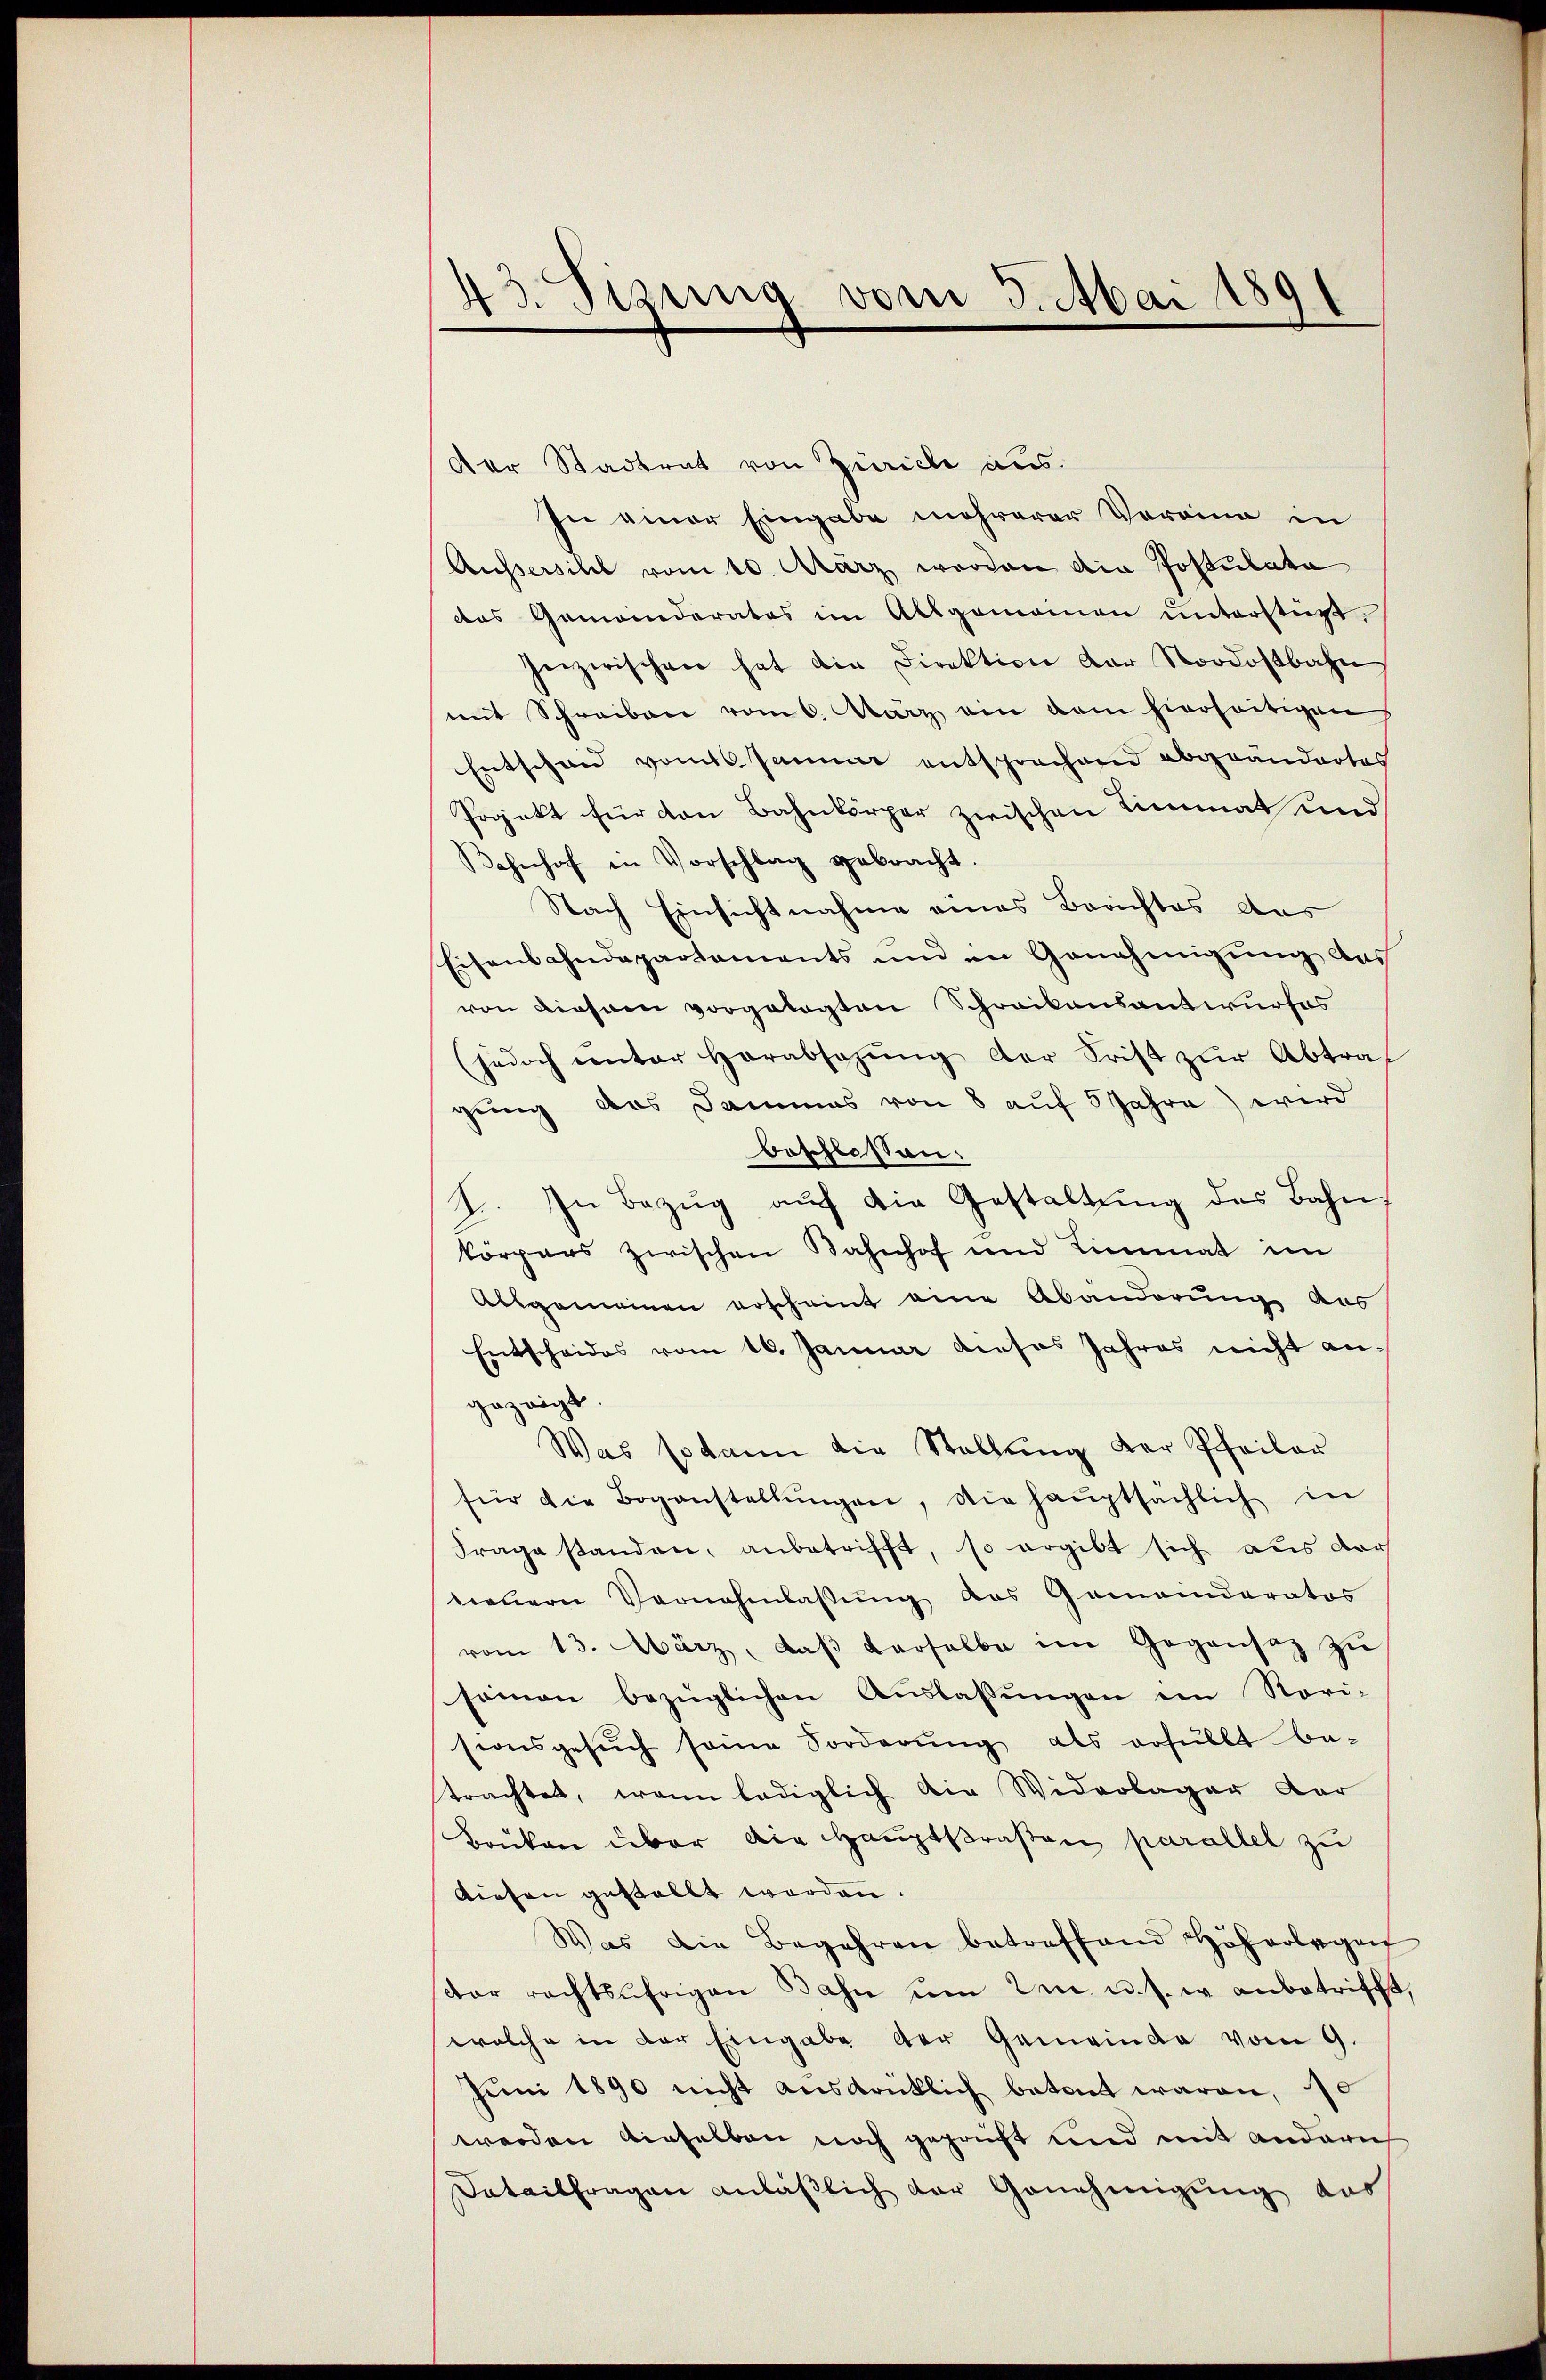
43. Sizung vom 3. Mai 1891

der Stadtrat von Zürich aus.
In einer Eingabe mehrerer Voraina in
Aussersihl vom 10. März worden die Postulata
das Gemanderates im Allgemeinen unterstüzt,
Inzwischen hat die Direktion der Nordostbahn
mit Schreiben vom 6. März ein dem hierseitigen
Entscheid vom 6. Januar entsprechend abgeändertes
Projekt für den Bahnkörper zwischen Limmat und
Bahnhof in Vorschlag gebracht.
Nach Einsichtnahme eines Berichtes das
Eisenbahndepartaments und in Genehmigung des
von diesem vorgelegten Schreibensantwurfes
(jedoch unter Herabsagŭng der Frist zŭr Abtraf
gung das Dammes von 8 auf 5 Jahre) wird
beschlossen:
J. In Bezŭg aŭf die Gestaltŭng des Bahn,
körpers zwischen Bahnhof und Limmat im
Allgemeinen erscheint eine Abänderung aus
Entscheides vom 16. Januar dieses Jahres nicht angezeigt.
Was so kann die Stellung der Pfeiler
für die Bogenstellŭngen, die haŭptsächlich in
Frage standen, anbetrifft, so ergibt sich aus der
nauern Vernehmlaβŭng das Gemeinderatos
vom 13. März, daβ derselbe im Gegensaz zu
samen bezüglichen Aŭslassŭngen im Nori-
sionsgesŭch seine Forderŭng als erfüllt be-
trachtet, wenn lediglich die Widerlager Dar
Brüken über die Hauptstraßen parallel zu
tiefen gestellt worden.
Was die Begehren betreffend Höherlegen
der rechtsährigen Bahn um am u. s. w. anbetrifft,
welche in der Eingabe der Gemeinde vom 9.
Juni 1890 nicht ausdrüklich betont waren, 10
werden dieselben noch geprüft und mit andern
Satailfragen anläβlich der Genehmigŭng das